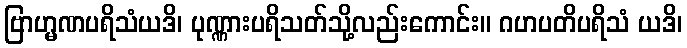
ဗြာဟ္မဏပရိသံယဒိ၊ ပုဏ္ဏားပရိသတ်သို့လည်းကောင်း။ ဂဟပတိပရိသံ ယဒိ၊